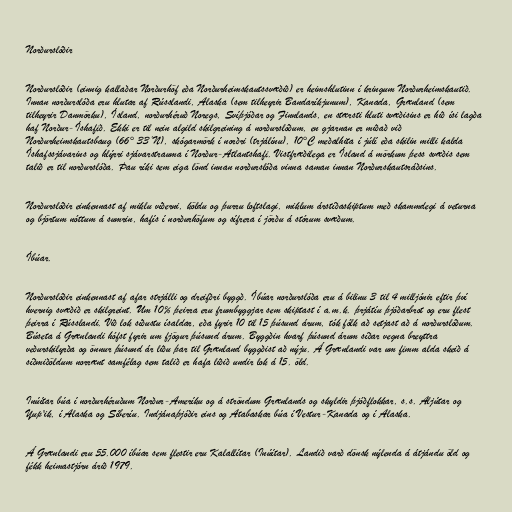
Norðurslóðir

Norðurslóðir (einnig kallaðar Norðurhöf eða Norðurheimskautssvæðið) er heimshlutinn í kringum Norðurheimskautið.
Innan norðurslóða eru hlutar af Rússlandi, Alaska (sem tilheyrir Bandaríkjunum), Kanada, Grænland (sem
tilheyrir Danmörku), Ísland, norðurhéruð Noregs, Svíþjóðar og Finnlands, en stærsti hluti svæðisins er hið ísi lagða
haf Norður-Íshafið. Ekki er til nein algild skilgreining á norðurslóðum, en gjarnan er miðað við
Norðurheimskautsbaug (66° 33’N), skógarmörk í norðri (trjálínu), 10°C meðalhita í júlí eða skilin milli kalda
Íshafssjávarins og hlýrri sjávarstrauma í Norður-Atlantshafi. Vistfræðilega er Ísland á mörkum þess svæðis sem
talið er til norðurslóða. Þau ríki sem eiga lönd innan norðurslóða vinna saman innan Norðurskautsráðsins.

Norðurslóðir einkennast af miklu víðerni, köldu og þurru loftslagi, miklum árstíðaskiptum með skammdegi á veturna
og björtum nóttum á sumrin, hafís í norðurhöfum og sífrera í jörðu á stórum svæðum.

Íbúar.

Norðurslóðir einkennast af afar strjálli og dreifðri byggð. Íbúar norðurslóða eru á bilinu 3 til 4 milljónir eftir því
hvernig svæðið er skilgreint. Um 10% þeirra eru frumbyggjar sem skiptast í a.m.k. þrjátíu þjóðarbrot og eru flest
þeirra í Rússlandi. Við lok síðustu ísaldar, eða fyrir 10 til 15 þúsund árum, tók fólk að setjast að á norðurslóðum.
Búseta á Grænlandi hófst fyrir um fjögur þúsund árum. Byggðin hvarf þúsund árum síðar vegna breyttra
veðurskilyrða og önnur þúsund ár liðu þar til Grænland byggðist að nýju. Á Grænlandi var um fimm alda skeið á
síðmiðöldum norrænt samfélag sem talið er hafa liðið undir lok á 15. öld.

Inúítar búa í norðurhéruðum Norður-Ameríku og á ströndum Grænlands og skyldir þjóðflokkar, s.s. Aljútar og
Yup'ik, í Alaska og Síberíu. Indjánaþjóðir eins og Atabaskar búa í Vestur-Kanada og í Alaska.

Á Grænlandi eru 55.000 íbúar sem flestir eru Kalallítar (Inúítar). Landið varð dönsk nýlenda á átjándu öld og
fékk heimastjórn árið 1979.